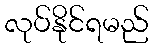
လုပ်နိုင်ရမည်